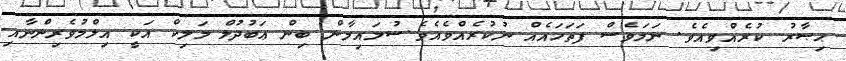
ޙިޞާރު ކުރެއްވިއެވެ. ނަމަވެސް ފަތަހައެއް ނުކުރެއްވެއެވެ.ސުލައިމާން ބިން ޢަބުދުލް މަލިކް އަކީ އިލްމުވެރިންނާއި